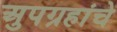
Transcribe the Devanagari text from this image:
अुपग्रहांचे